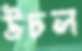
উচল